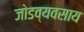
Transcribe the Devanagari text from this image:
जोडव्यवसाय